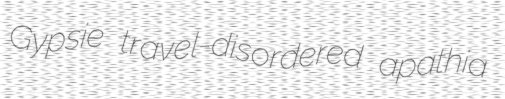
Gypsie travel-disordered apathia